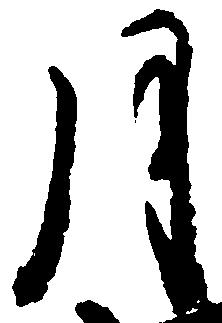
月